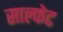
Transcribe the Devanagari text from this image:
साल्फेट